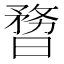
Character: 𣊃